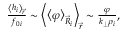
\begin{array} { r } { \frac { \left< h _ { i } \right> _ { \vec { r } } } { f _ { 0 i } } \sim \left< \left< \varphi \right> _ { \vec { R } _ { i } } \right> _ { \vec { r } } \sim \frac { \varphi } { k _ { \perp } \rho _ { i } } , } \end{array}